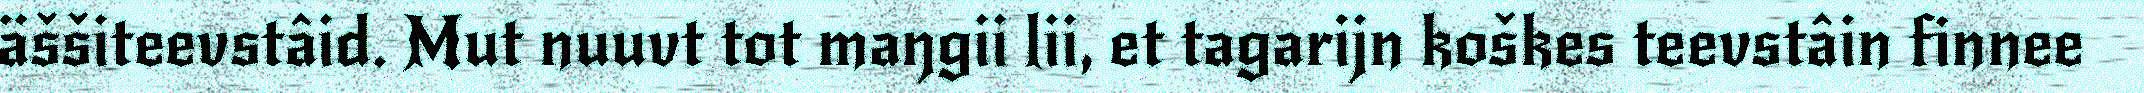
äššiteevstâid. Mut nuuvt tot maŋgii lii, et tagarijn koškes teevstâin finnee